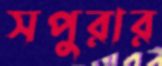
সপুরার